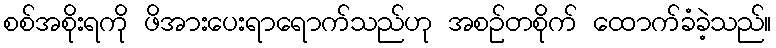
စစ်အစိုးရကို ဖိအားပေးရာရောက်သည်ဟု အစဉ်တစိုက် ထောက်ခံခဲ့သည်။